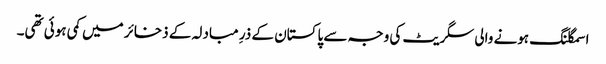
اسمگلنگ ہونے والی سگریٹ کی وجہ سے پاکستان کے ذرِ مبادلہ کے ذخائر میں کمی ہوئی تھی۔